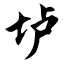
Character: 垆